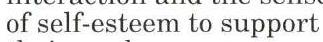
 of self-esteem to support